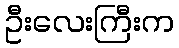
ဦးလေးကြီးက